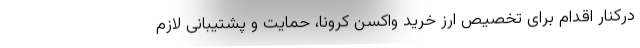
درکنار اقدام برای تخصیص ارز خرید واکسن کرونا، حمایت و پشتیبانی لازم